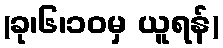
(ခု၊၆၊၁၀မှ ယူရန်)